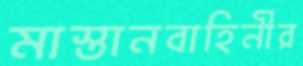
মাস্তানবাহিনীর